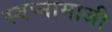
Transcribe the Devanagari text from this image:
स्वप्नामाजी